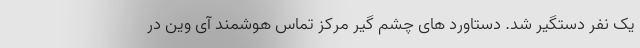
یک نفر دستگیر شد. دستاورد های چشم گیر مرکز تماس هوشمند آی وین در